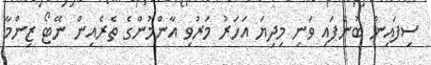
ސިފައިން ބުނެފައި ވަނި މިދިޔަ އަހަރު މަރުވި އާންމުންގެ ތެރެއިން ނޭޓޯ ޒިންމާ